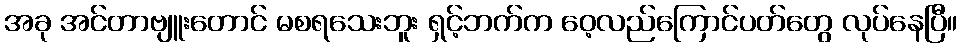
အခု အင်တာဗျူးတောင် မစရသေးဘူး ရှင့်ဘက်က ဝေ့လည်ကြောင်ပတ်တွေ လုပ်နေပြီ။